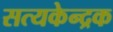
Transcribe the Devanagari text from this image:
सत्यकेन्द्रक